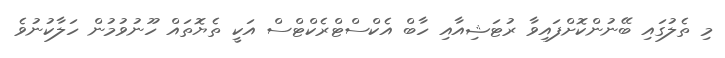
މި ތެލުގައި ބޭނުންކޮށްފައިވާ ރުޓަޝިއާއި ހާބް އެކްސްޓްރެކްޓްސް އަކީ ތެޔޮތައް ހޫނުވުމުން ހަލާކުނުވެ